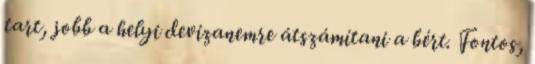
tart, jobb a helyi devizanemre átszámítani a bért. Fontos,